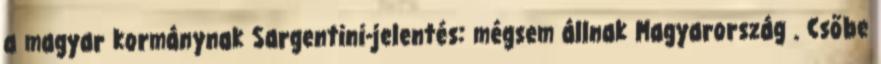
a magyar kormánynak Sargentini-jelentés: mégsem állnak Magyarország . Csőbe